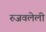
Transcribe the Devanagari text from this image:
रुजवलेली